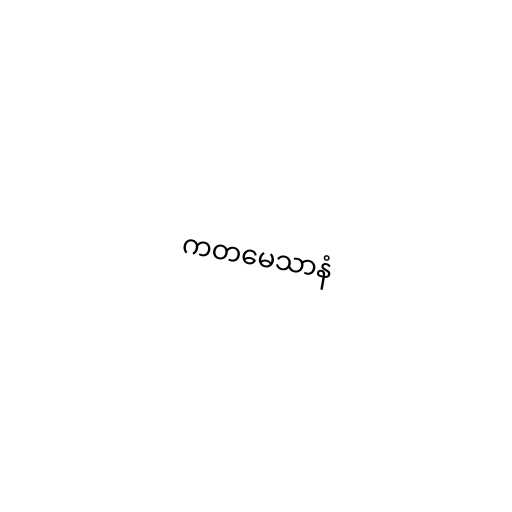
ကတမေသာနံ